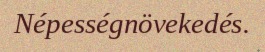
Népességnövekedés.